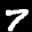
Label: 7